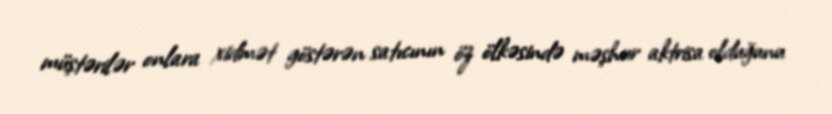
müştərilər onlara xidmət göstərən satıcının öz ölkəsində məşhur aktrisa olduğunu